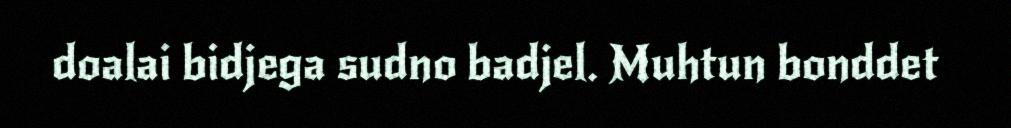
doalai bidjega sudno badjel. Muhtun bonddet